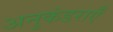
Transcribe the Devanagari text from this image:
अनुकंडराएँ